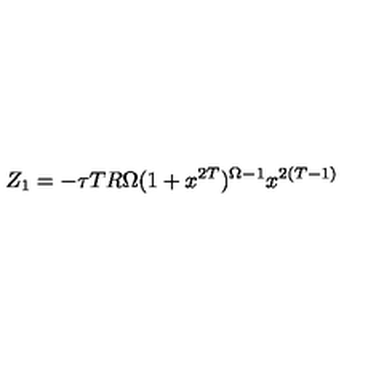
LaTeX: Z _ { 1 } = - \tau T R \Omega ( 1 + x ^ { 2 T } ) ^ { \Omega - 1 } { x ^ { 2 ( T - 1 ) } }